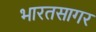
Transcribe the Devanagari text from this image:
भारतसागर